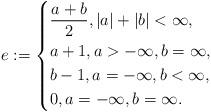
LaTeX: \begin{align*}e:=\left\lbrace \begin{aligned} &\frac{a+b}{2},|a|+|b|<\infty, \\ &a+1,a>-\infty, b=\infty, \\ &b-1,a=-\infty, b<\infty, \\ &0,a=-\infty, b=\infty. \end{aligned} \right.\end{align*}